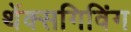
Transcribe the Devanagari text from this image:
थेंक्सगिविंग